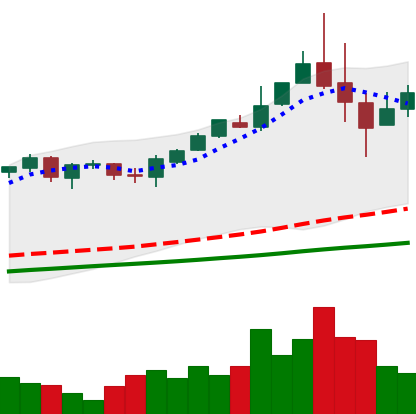
Ticker: BTC-USD
Chart end date: 2017-05-29
Forward return: 11.515%
Label: up_7plus